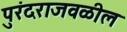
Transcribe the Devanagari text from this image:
पुरंदराजवळील